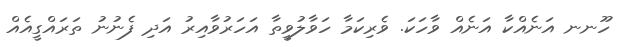
ހޫނނ އަނެއްކާ އަނެއް ވާހަކަ. ވެރިކަމާ ހަވާލުވީތާ އަހަރުވާއިރު އަދި ފެނުނު ތަރައްގީއެއް